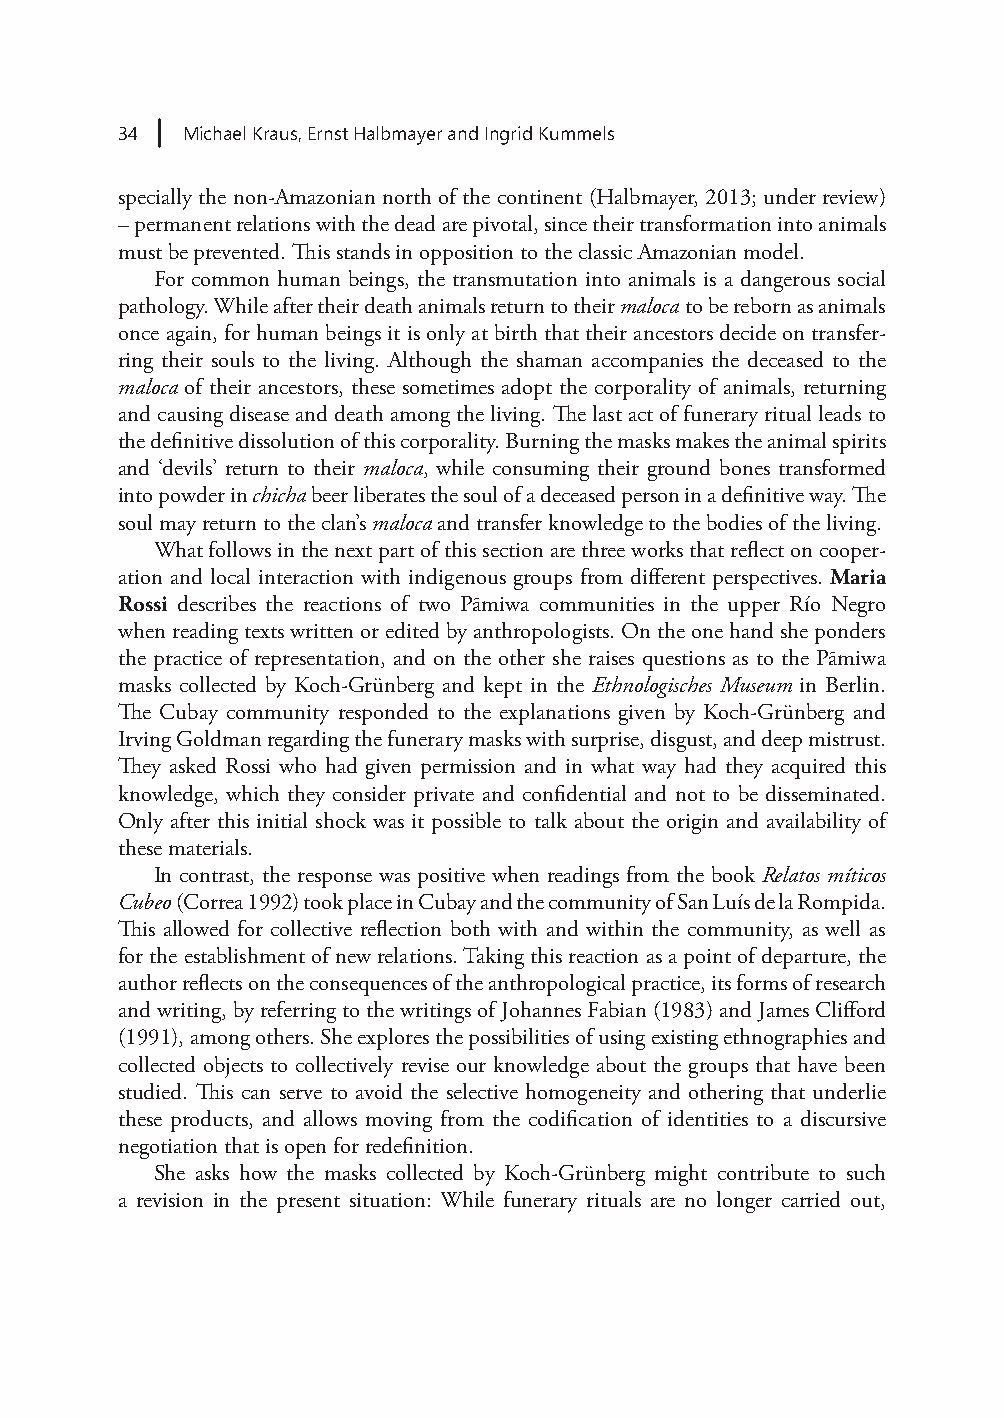
34  Michael Kraus, Ernst Halbmayer and Ingrid Kummels
 specially the non-Amazonian north of the continent (Halbmayer, 2013; under review)
 – permanent relations with the dead are pivotal, since their transformation into animals
 must be prevented. This stands in opposition to the classic Amazonian model.
 For common human beings, the transmutation into animals is a dangerous social
 pathology. While after their death animals return to their maloca to be reborn as animals
 once again, for human beings it is only at birth that their ancestors decide on transfer-
 ring their souls to the living. Although the shaman accompanies the deceased to the
 maloca of their ancestors, these sometimes adopt the corporality of animals, returning
 and causing disease and death among the living. The last act of funerary ritual leads to
 the definitive dissolution of this corporality. Burning the masks makes the animal spirits
 and ‘devils’ return to their maloca, while consuming their ground bones transformed
 into powder in chicha beer liberates the soul of a deceased person in a definitive way. The
 soul may return to the clan’s maloca and transfer knowledge to the bodies of the living.
 What follows in the next part of this section are three works that reflect on cooper-
 ation and local interaction with indigenous groups from different perspectives. Maria
 Rossi describes the reactions of two Pãmiwa communities in the upper Río Negro
 when reading texts written or edited by anthropologists. On the one hand she ponders
 the practice of representation, and on the other she raises questions as to the Pãmiwa
 masks collected by Koch-Grünberg and kept in the Ethnologisches Museum in Berlin.
 The Cubay community responded to the explanations given by Koch-Grünberg and
 Irving Goldman regarding the funerary masks with surprise, disgust, and deep mistrust.
 They asked Rossi who had given permission and in what way had they acquired this
 knowledge, which they consider private and confidential and not to be disseminated.
 Only after this initial shock was it possible to talk about the origin and availability of
 these materials.
 In contrast, the response was positive when readings from the book Relatos míticos
 Cubeo (Correa 1992) took place in Cubay and the community of San Luís de la Rompida.
 This allowed for collective reflection both with and within the community, as well as
 for the establishment of new relations. Taking this reaction as a point of departure, the
 author reflects on the consequences of the anthropological practice, its forms of research
 and writing, by referring to the writings of Johannes Fabian (1983) and James Clifford
 (1991), among others. She explores the possibilities of using existing ethnographies and
 collected objects to collectively revise our knowledge about the groups that have been
 studied. This can serve to avoid the selective homogeneity and othering that underlie
 these products, and allows moving from the codification of identities to a discursive
 negotiation that is open for redefinition.
 She asks how the masks collected by Koch-Grünberg might contribute to such
 a revision in the present situation: While funerary rituals are no longer carried out,